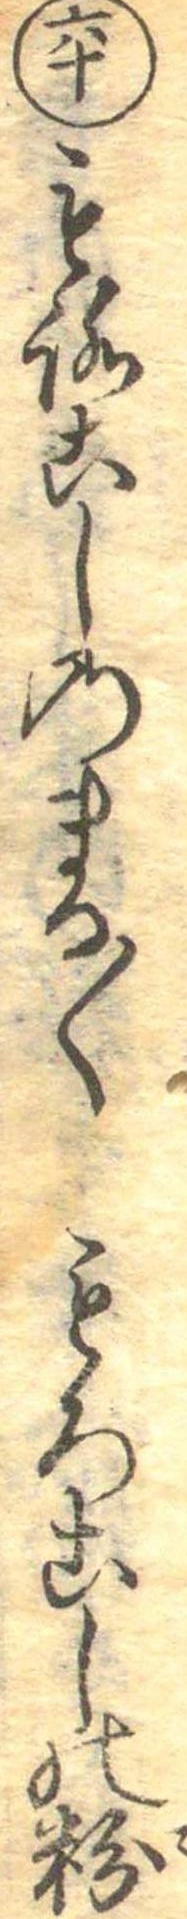
六十もろこしのまる〱もろこしの粉